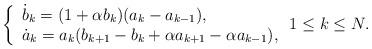
LaTeX: \begin{align*}\left\{\begin{array}{l}\dot{b}_k=(1+\alpha b_k)(a_k-a_{k-1}), \\ \dot{a}_k=a_k(b_{k+1}-b_k+\alpha a_{k+1}-\alpha a_{k-1}),\end{array}\right. 1\le k\le N. \end{align*}